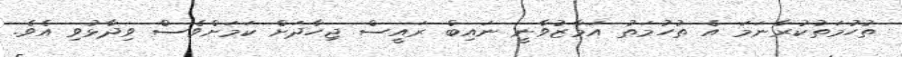
ތުހުމަތުކުރާނަމަ އެ ތުހުމަތު އަމާޒުވާނީ ނައިބް ރައީސް ޖިހާދަށް ކަމަށްވެސް ވިދާޅުވި އެވެ.